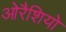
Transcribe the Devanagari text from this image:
ओरैशियो